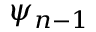
\psi _ { n - 1 }